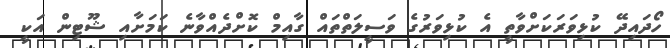
ހޯދައިދޭ ކުޅިވަރަކަށްވާތީ އެ ކުޅިވަރުގެ ވަސީލަތްތައް ގާއިމް ކޮށްދެއްވާނެ ކަމަށާއި ޝޫޓިން އަކީ